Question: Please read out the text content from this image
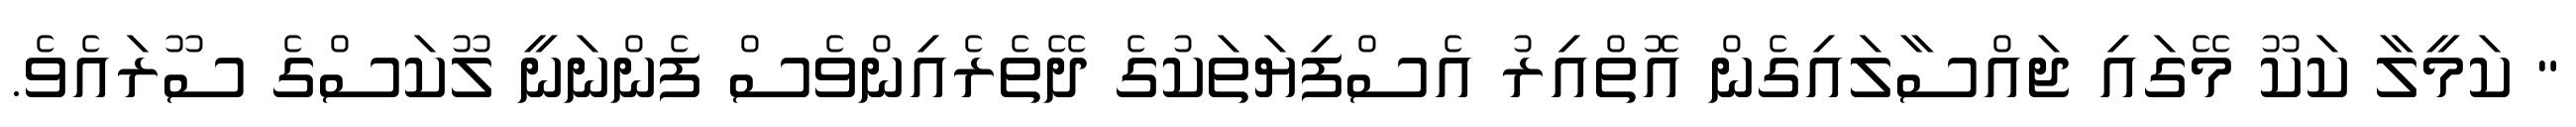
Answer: " ކަމީލާ ކަކޫ މޭގައި ޖައްސާލައިގެން އޮތްއިރު އެސްފިޔަތަކުގެ ދޭތެރެއިންވެސް ފެންނަނީ ލޫކަސްގެ ސޫރައެވެ.